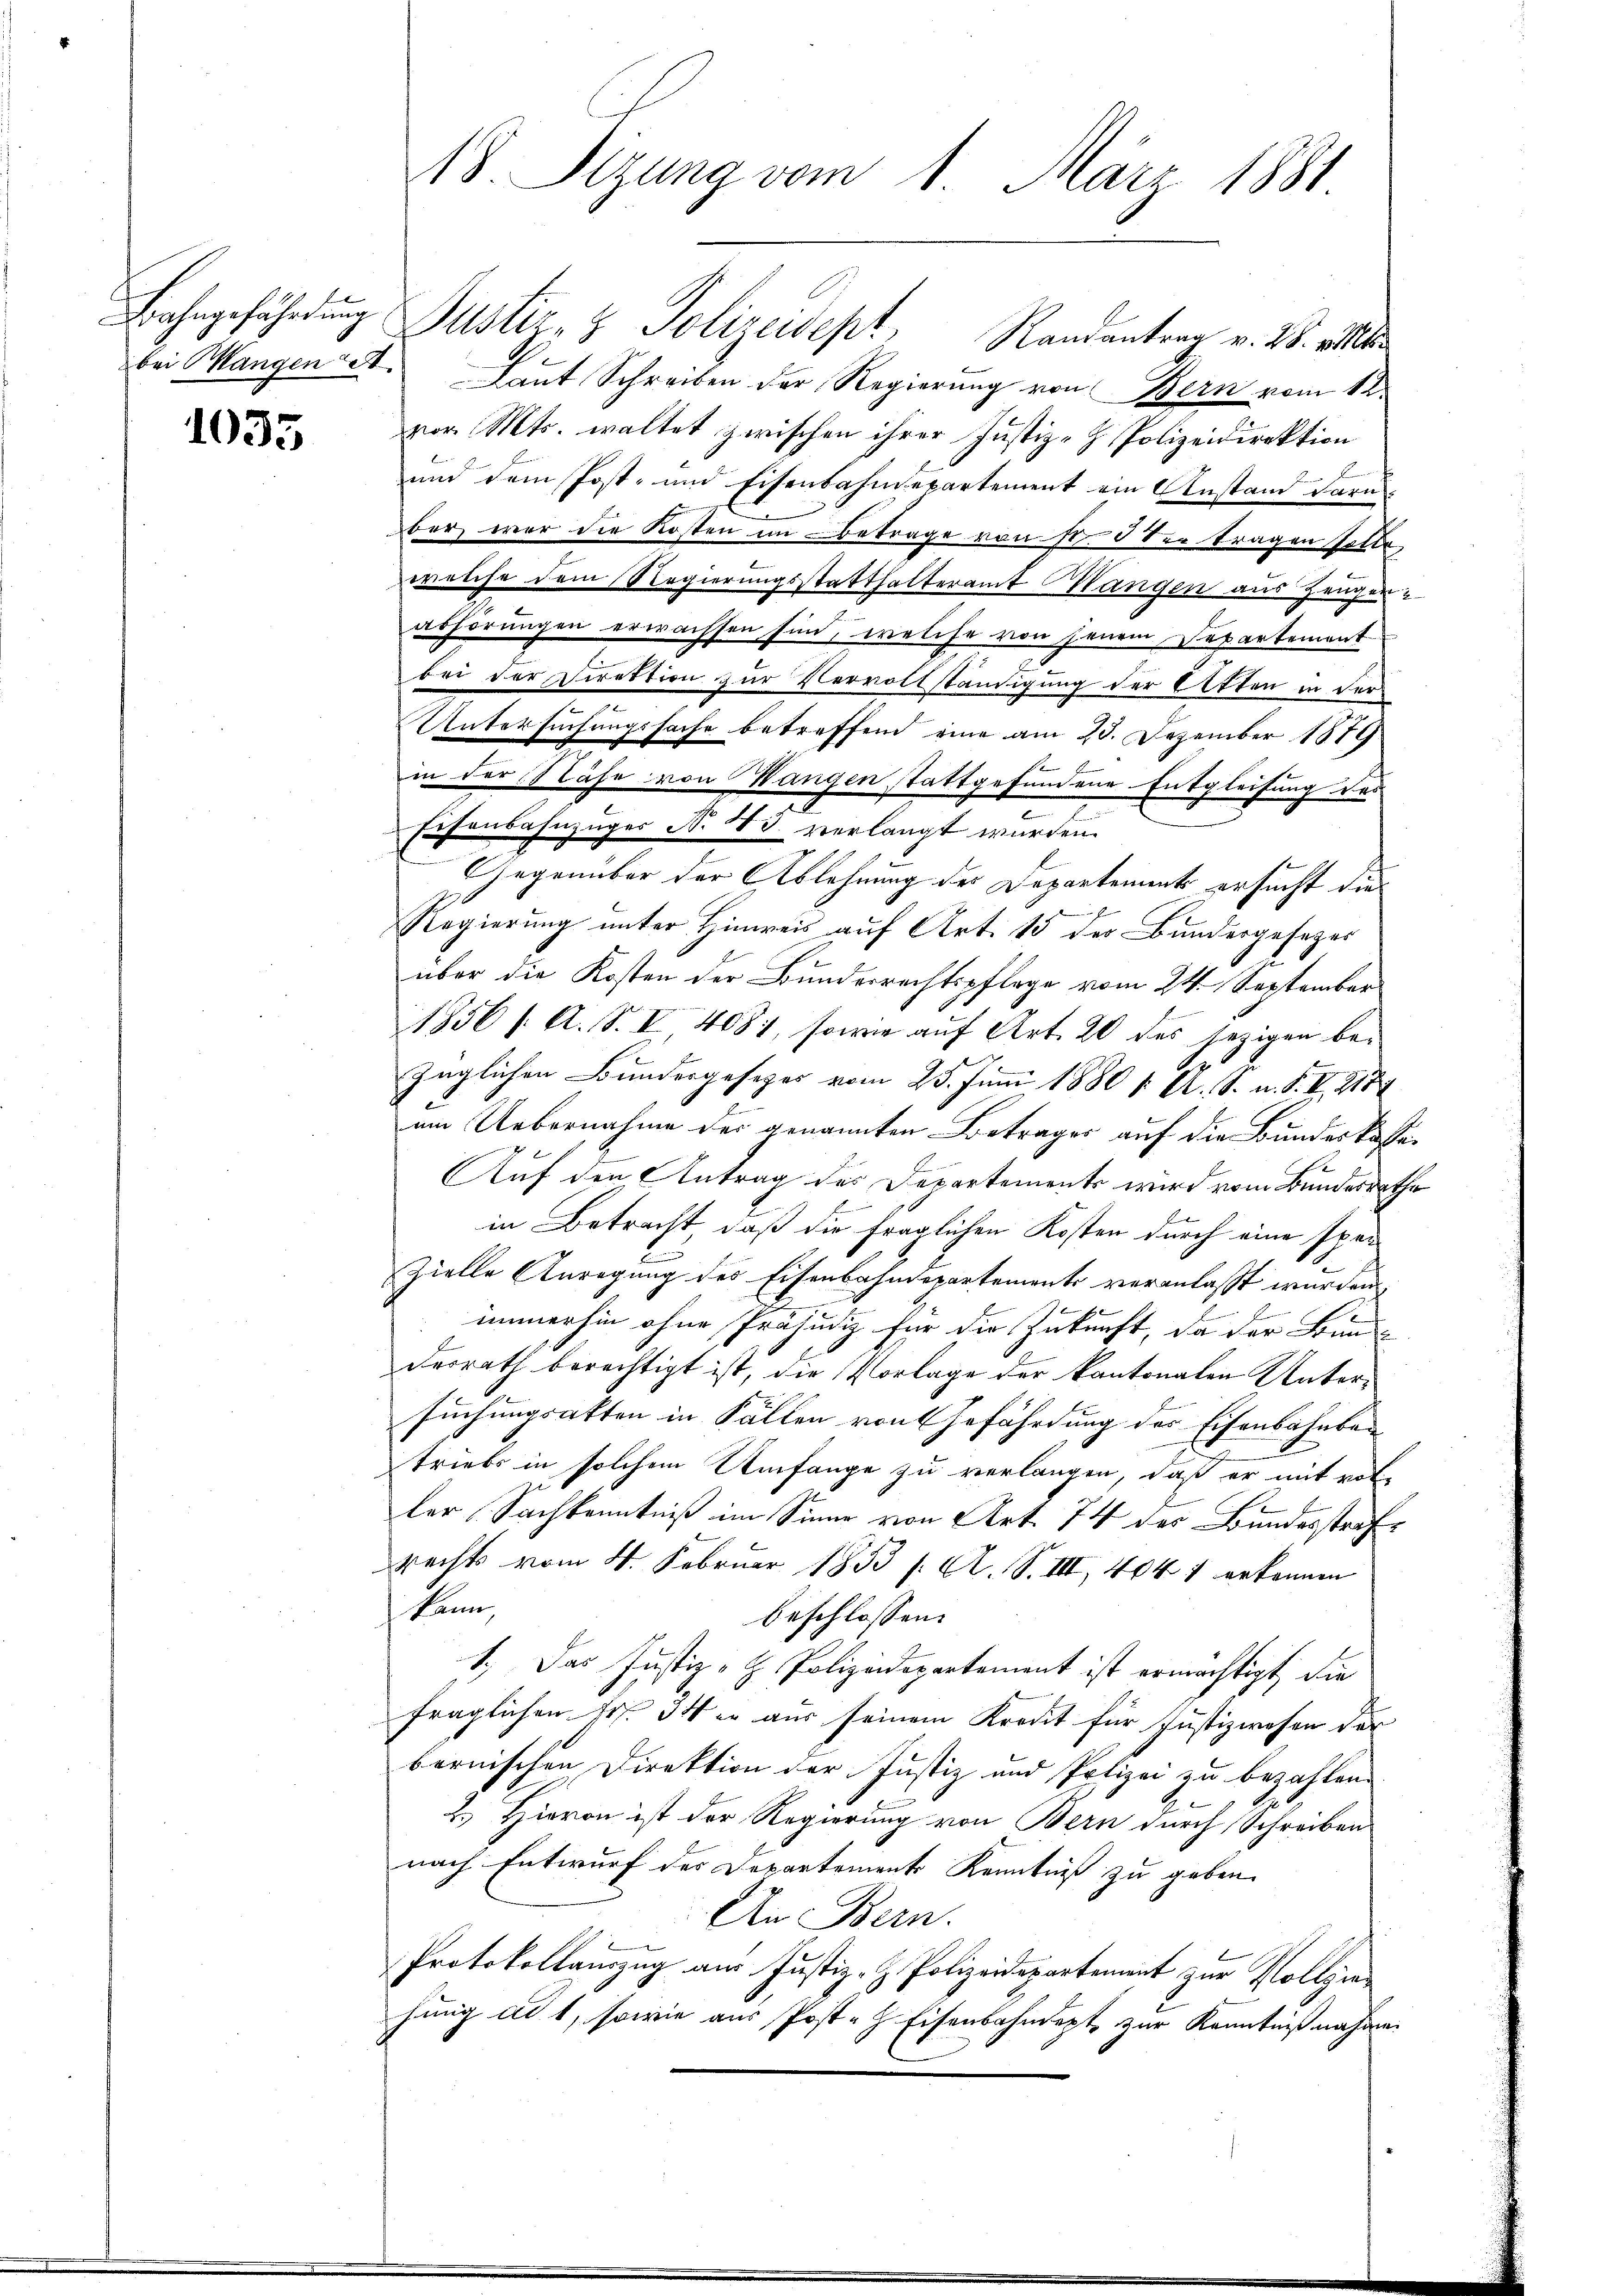
Bahngefährdung
bei Mangen A

1035

Justiz- & Polizeidept, Randantrag v. 28. v
Laut Schreiben der Regierung von Bern vom 12.
vor. Mts. waltet zwischen ihrer Justiz- & Polizeidirektion
und dem Post- und Eisenbahndepartement ein Anstand daru
ber war die Kosten im Betrage von fr. 5 der tragen sitte,
welche dem Regierungsstatthalteramt Wangen aus Zeuger-
abhörungen erwachsen sind, welche von jenem Departemont
bei der Direktion zur Vervollständigung der Etten in der
Untersuchungssache betreffend eine am 25. Dezember 1879
E
in der Nähe von Wangen stattgefundene Entgleitung das
Eisenbahnzuges No 43. verlangt wurden.
Gegenüber der Ablehnung der Departements ersucht die
n
Regierung unter Hinweis auf Art. 13 der Bundergesezes
über die Kosten der Bundesrechtspflege vom 24. September
1856 f. A. S. I 4081, sowie auf Art. 20 des jezigen bezüglichen Bundergesetzes vom 25. Juni 1880 u. A. S. u. S. II 215
um Uebernahme der genannten Betrages auf die Bundeskassa¬
Auf den Antrag des Departements wird vom Bundesrathe
in Betracht, daß die fraglichen Kosten durch eine spar
Zielle Anregung des Eisenbahndepartements veranlasst wurden,
immerhin ohne Präjudiz für die Zukunft, da der Bunde
desrath berechtigt ist, die Vorlage der kantonalen Untersuchungsakten in Fällen von Gefährdung des Eisenbahnber
Triebs in solchem Umfange zu verlangen, daß er mit vor-
ler Sachkenntniß im Sinne von Art. 74 der Bundesstrafe
rechts vom 4. Februar 1833 f. A. S. III, 404 1 erkennen
kann
beschlossen:
1.) Das Justiz- & Polizeidepartement ist ermächtigt, die
fraglichen Fr. 34 er aus seinem Kredit für Justizwesen der
bernischen Direktion der Justiz und Polizei zu bezahlen.
2.) Hievon ist der Regierung von Bern durch Schreiben
nach Entwurf des Departements Kenntniß zu geben.
An Bern.
Protokollanzug aus Justiz- & Polizeidepartement zur Vollziehung ad 1, sowie aus Post. Eisenbahndept zur Kenntnißnahmen

18 Tizung vom 1. März 1881